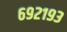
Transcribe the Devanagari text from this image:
६९२१९३